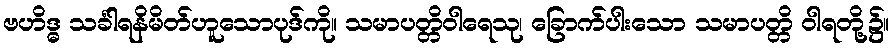
ဗဟိဒ္ဓ သင်္ခါရနိမိတ်ဟူသောပုဒ်ကို။ သမာပတ္တိဝါရေသု၊ ခြောက်ပါးသော သမာပတ္တိ ဝါရတို့၌။